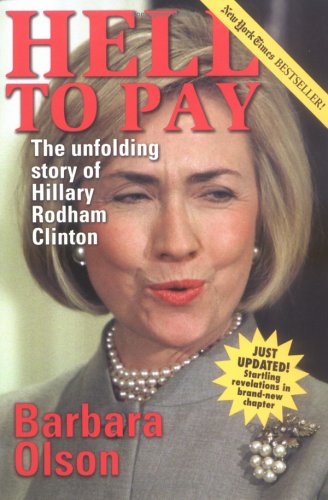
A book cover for Hell to Pay: The Unfolding Story of Hillary Rodham Clinton; Barbara Olson; Law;